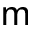
\mathsf { m }